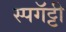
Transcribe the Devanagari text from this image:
स्पगॅट्टी